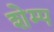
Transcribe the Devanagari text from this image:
शेम्प